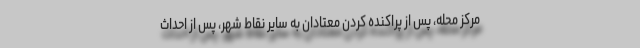
مركز محله، پس از پراكنده ‌كردن معتادان به ساير نقاط شهر، پس از احداث